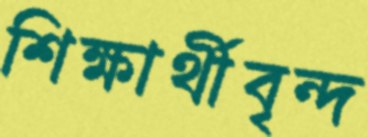
শিক্ষার্থীবৃন্দ